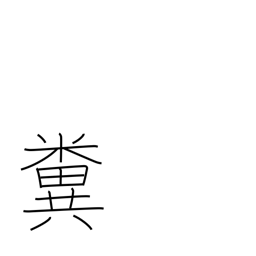
Meaning: feces